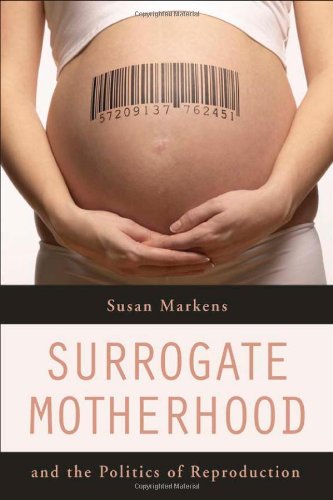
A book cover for Surrogate Motherhood and the Politics of Reproduction; Susan Markens; Law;